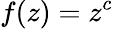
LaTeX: f(z)=z^{c}